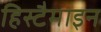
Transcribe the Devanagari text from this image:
हिस्टैमाइन